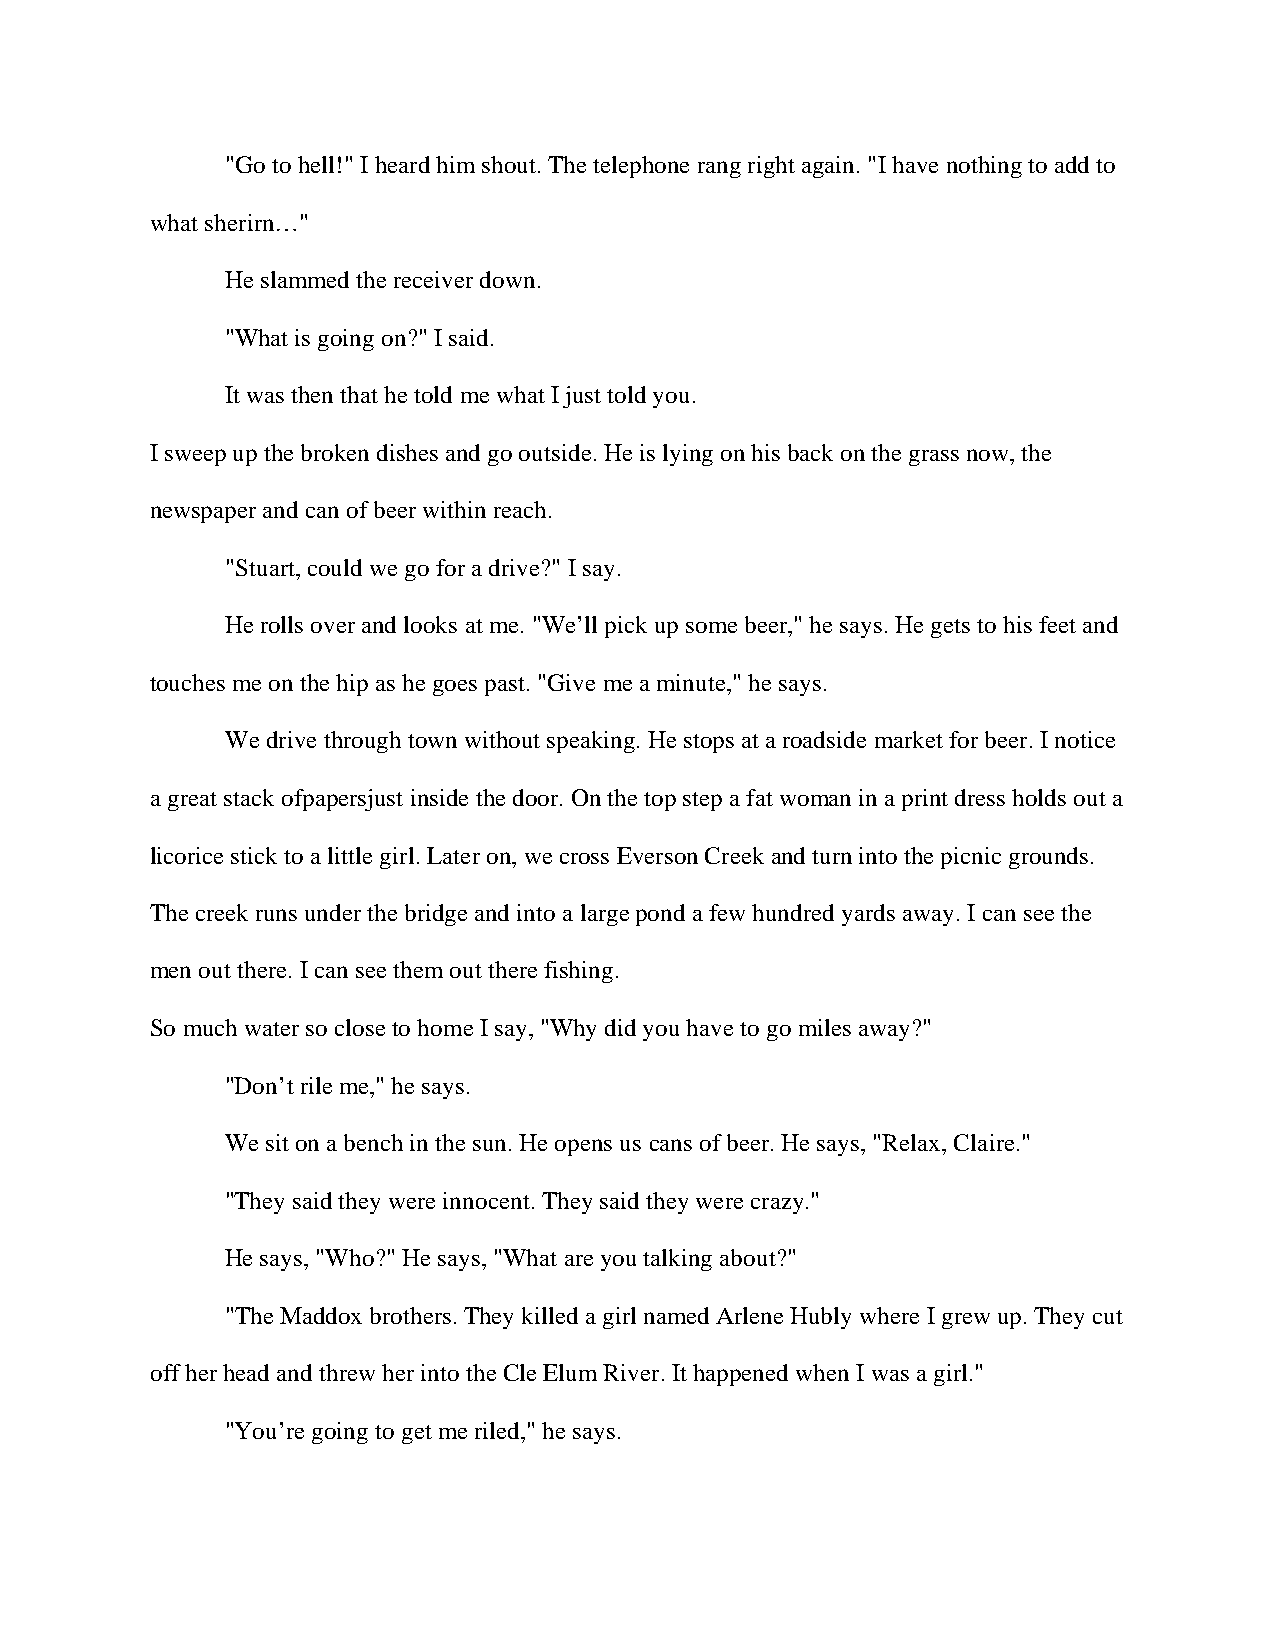
"Go to hell!" I heard him shout. The telephone rang right again. "I have nothing to add to
 what sherirn…"
 He slammed the receiver down.
 "What is going on?" I said.
 It was then that he told me what I just told you.
 I sweep up the broken dishes and go outside. He is lying on his back on the grass now, the
 newspaper and can of beer within reach.
 "Stuart, could we go for a drive?" I say.
 He rolls over and looks at me. "We’ll pick up some beer," he says. He gets to his feet and
 touches me on the hip as he goes past. "Give me a minute," he says.
 We drive through town without speaking. He stops at a roadside market for beer. I notice
 a great stack ofpapersjust inside the door. On the top step a fat woman in a print dress holds out a
 licorice stick to a little girl. Later on, we cross Everson Creek and turn into the picnic grounds.
 The creek runs under the bridge and into a large pond a few hundred yards away. I can see the
 men out there. I can see them out there fishing.
 So much water so close to home I say, "Why did you have to go miles away?"
 "Don’t rile me," he says.
 We sit on a bench in the sun. He opens us cans of beer. He says, "Relax, Claire."
 "They said they were innocent. They said they were crazy."
 He says, "Who?" He says, "What are you talking about?"
 "The Maddox brothers. They killed a girl named Arlene Hubly where I grew up. They cut
 off her head and threw her into the Cle Elum River. It happened when I was a girl."
 "You’re going to get me riled," he says.